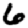
Digit: 6